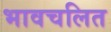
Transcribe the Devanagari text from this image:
भावचलित